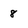
Character: 8